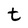
Character: t